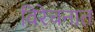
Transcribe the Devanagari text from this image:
विरेचनात